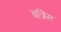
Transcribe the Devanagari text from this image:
बत्रिस